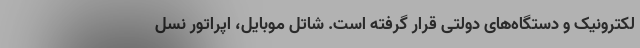
لکترونیک و دستگاه‌های دولتی قرار گرفته است. شاتل موبایل، اپراتور نسل